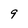
Character: 9